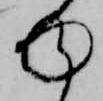
ゆ